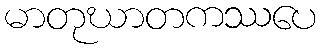
မာတုဃာတကဿပေ